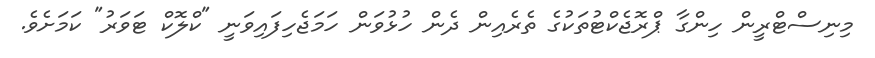
މިނިސްޓްރީން ހިންގާ ޕްރޮޖެކްޓުތަކުގެ ތެރެއިން ދެން ހުޅުވަން ހަމަޖެހިފައިވަނީ "ކްލޮކް ޓަވަރު" ކަމަށެވެ.